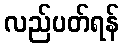
လည်ပတ်ရန်